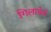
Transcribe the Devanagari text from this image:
गिलाबेर्त